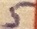
Text: 5